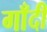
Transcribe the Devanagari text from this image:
गाँदी